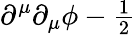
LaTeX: \partial^{\mu}\partial_{\mu}\phi-{\textstyle\frac 12}